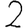
Digit: 2